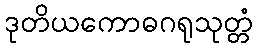
ဒုတိယကောဓဂရုသုတ္တံ